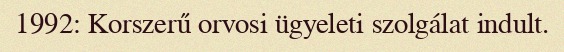
1992: Korszerű orvosi ügyeleti szolgálat indult.